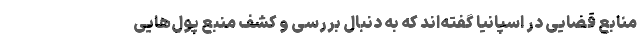
منابع قضایی در اسپانیا گفته‌اند که به دنبال بررسی و کشف منبع پول‌هایی